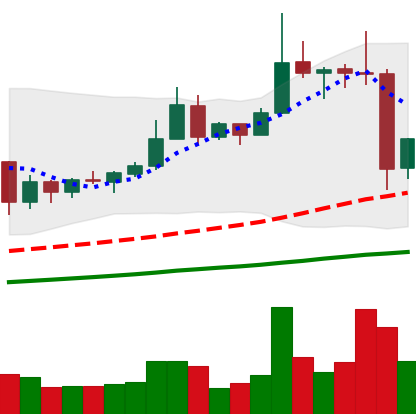
Ticker: XRP-USD
Chart end date: 2019-06-28
Forward return: -4.396%
Label: down_3_5